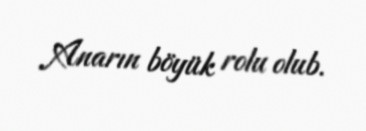
Anarın böyük rolu olub.